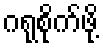
ဂရုစိုက်ဖို့